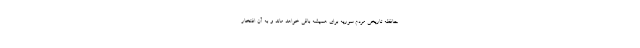
حافظه تاریخی مردم سوریه برای همیشه باقی خواهد ماند و به آن افتخار